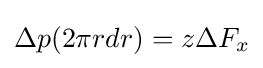
\Delta p(2\pi rdr)=z\Delta F_{x}